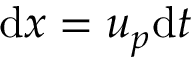
\mathrm { d } x = u _ { p } \mathrm { d } t